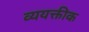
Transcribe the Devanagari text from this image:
व्ययक्तीक